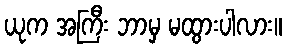
ယုက အကြီး ဘာမှ မထွားပါလား။